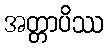
အတ္တာပိဿ